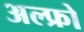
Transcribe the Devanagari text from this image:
अल्फ्रो